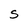
Character: S